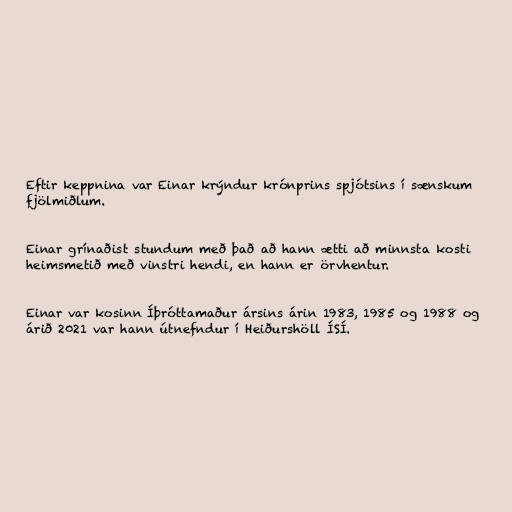
Eftir keppnina var Einar krýndur krónprins spjótsins í sænskum
fjölmiðlum.

Einar grínaðist stundum með það að hann ætti að minnsta kosti
heimsmetið með vinstri hendi, en hann er örvhentur.

Einar var kosinn Íþróttamaður ársins árin 1983, 1985 og 1988 og
árið 2021 var hann útnefndur í Heiðurshöll ÍSÍ.